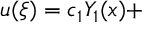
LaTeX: u ( \xi ) = c _ { 1 } Y _ { 1 } ( x ) +